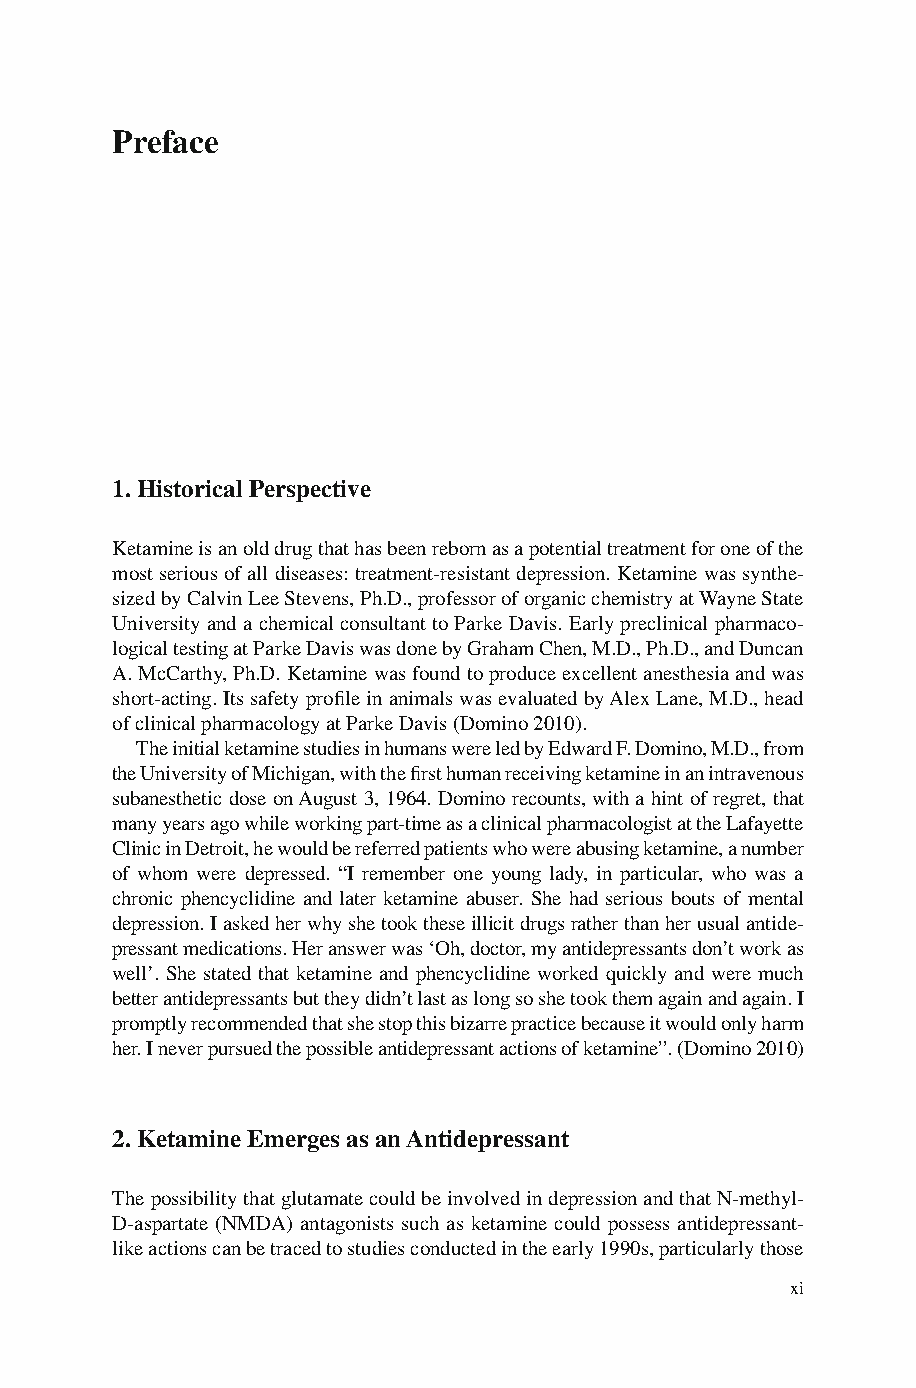
Pref ace
 1. Historical Perspective
 Ketamine is an old drug that has been reborn as a potential treatment for one of the
 most serious of all diseases: treatment-resistant depression. Ketamine was synthe-
 sized by Calvin Lee Stevens, Ph.D., professor of organic chemistry at Wayne State
 University and a chemical consultant to Parke Davis. Early preclinical pharmaco-
 logical testing at Parke Davis was done by Graham Chen, M.D., Ph.D., and Duncan
 A. McCarthy, Ph.D. Ketamine was found to produce excellent anesthesia and was
 short-acting. Its safety profi le in animals was evaluated by Alex Lane, M.D., head
 of clinical pharmacology at Parke Davis (Domino 2010).
 The initial ketamine studies in humans were led by Edward F. Domino, M.D., from
 the University of Michigan, with the fi rst human receiving ketamine in an intravenous
 subanesthetic dose on August 3, 1964. Domino recounts, with a hint of regret, that
 many years ago while working part-time as a clinical pharmacologist at the Lafayette
 Clinic in Detroit, he would be referred patients who were abusing ketamine, a number
 of whom were depressed. “I remember one young lady, in particular, who was a
 chronic phencyclidine and later ketamine abuser. She had serious bouts of mental
 depression. I asked her why she took these illicit drugs rather than her usual antide-
 pressant medications. Her answer was ‘Oh, doctor, my antidepressants don’t work as
 well’. She stated that ketamine and phencyclidine worked quickly and were much
 better antidepressants but they didn’t last as long so she took them again and again. I
 promptly recommended that she stop this bizarre practice because it would only harm
 her. I never pursued the possible antidepressant actions of ketamine”. (Domino 2010)
 2. Ketamine Emerges as an Antidepressant
 The possibility that glutamate could be involved in depression and that N-methyl-
 D-aspartate (NMDA) antagonists such as ketamine could possess antidepressant-
 like actions can be traced to studies conducted in the early 1990s, particularly those
 xi